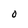
Character: O